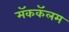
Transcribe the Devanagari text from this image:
मॅककॅलम